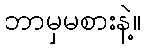
ဘာမှမစားနဲ့။